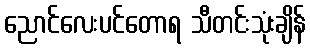
ညောင်လေးပင်တောရ သီတင်းသုံးချိန်